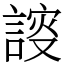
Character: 𧩮